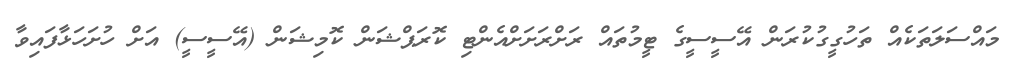
މައްސަލަތަކެއް ތަހުގީގުކުރަން އޭސީސީގެ ޓީމުތައް ރަށްރަށަށްއެންޓި ކޮރަޕްޝަން ކޮމިޝަން (އޭސީސީ) އަށް ހުށަހަޅާފައިވާ